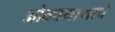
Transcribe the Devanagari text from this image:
ओकायामाचे